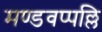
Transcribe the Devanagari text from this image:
मण्डवप्पल्लि